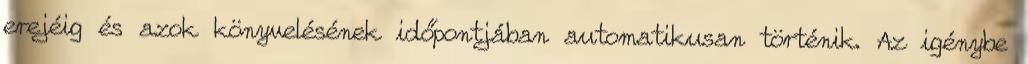
erejéig és azok könyvelésének időpontjában automatikusan történik. Az igénybe